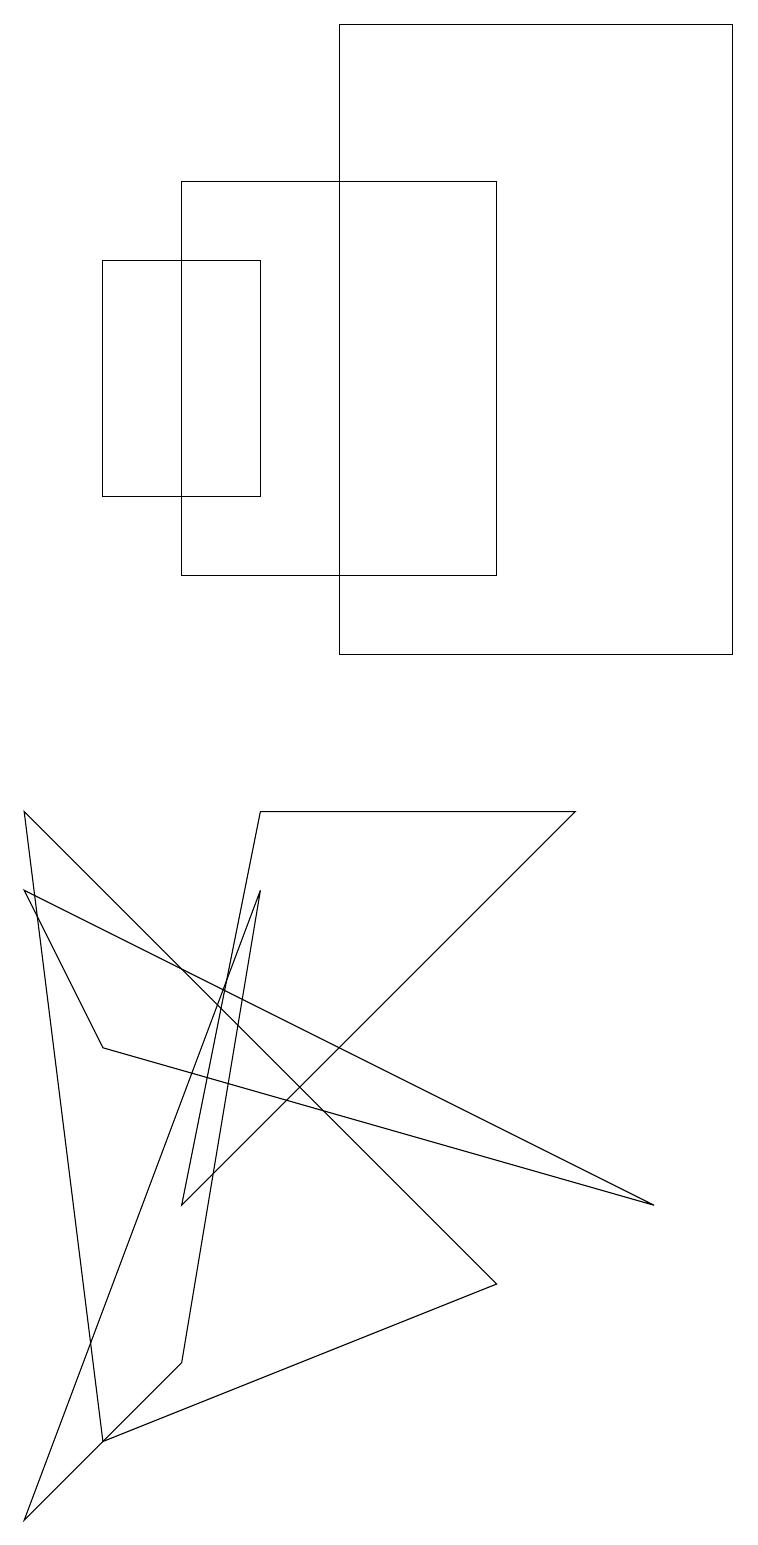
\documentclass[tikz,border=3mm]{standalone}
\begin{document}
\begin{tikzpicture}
\draw (9,11) rectangle (4,19);
\draw (3,8) -- (0,0) -- (2,2) -- cycle;
\draw (0,9) -- (1,1) -- (6,3) -- cycle;
\draw (2,12) rectangle (6,17);
\draw (3,16) rectangle (1,13);
\draw (7,9) -- (3,9) -- (2,4) -- cycle;
\draw (1,6) -- (0,8) -- (8,4) -- cycle;
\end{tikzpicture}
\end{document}